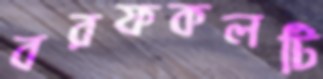
বরফকলটি